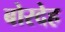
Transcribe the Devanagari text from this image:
बोरदेह